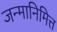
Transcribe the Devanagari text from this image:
जन्मानिमित्त